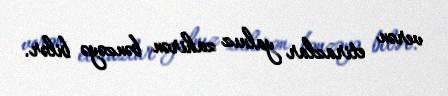
verən etirazlar yalnız zahirən bənzəyə bilər.